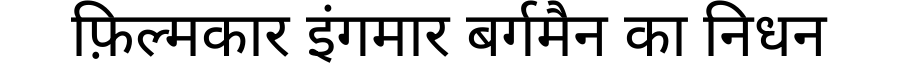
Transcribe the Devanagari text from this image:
फ़िल्मकार इंगमार बर्गमैन का निधन